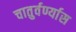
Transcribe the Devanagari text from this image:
चातुर्वर्ण्यास